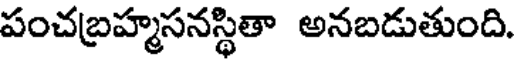
పంచబ్రహ్మసనస్థితా అనబడుతుంది.